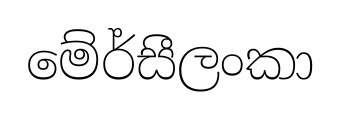
මේර්සීලංකා